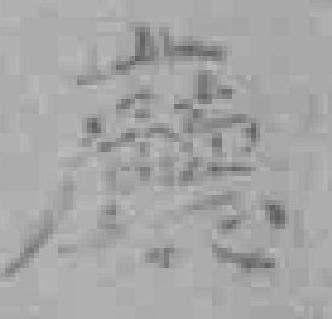
廳